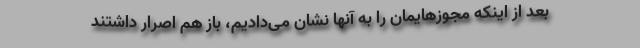
بعد از اینکه مجوزهایمان را به آنها نشان می‌دادیم، باز هم اصرار داشتند